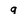
Character: 9